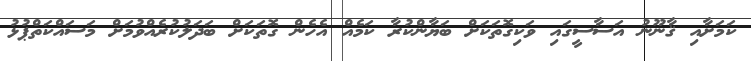
ކަމަށާއި ޤާނޫނު އަސާސީގައި ވަކިގޮތަކަށް ބަޔާންކުރާ ކަމެއް އެހެން ގޮތަކަށް ބަދަލުކުރެއްވުމަށް މަސައްކަތްޕުޅު